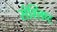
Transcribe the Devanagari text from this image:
संश्लिष्‍ट